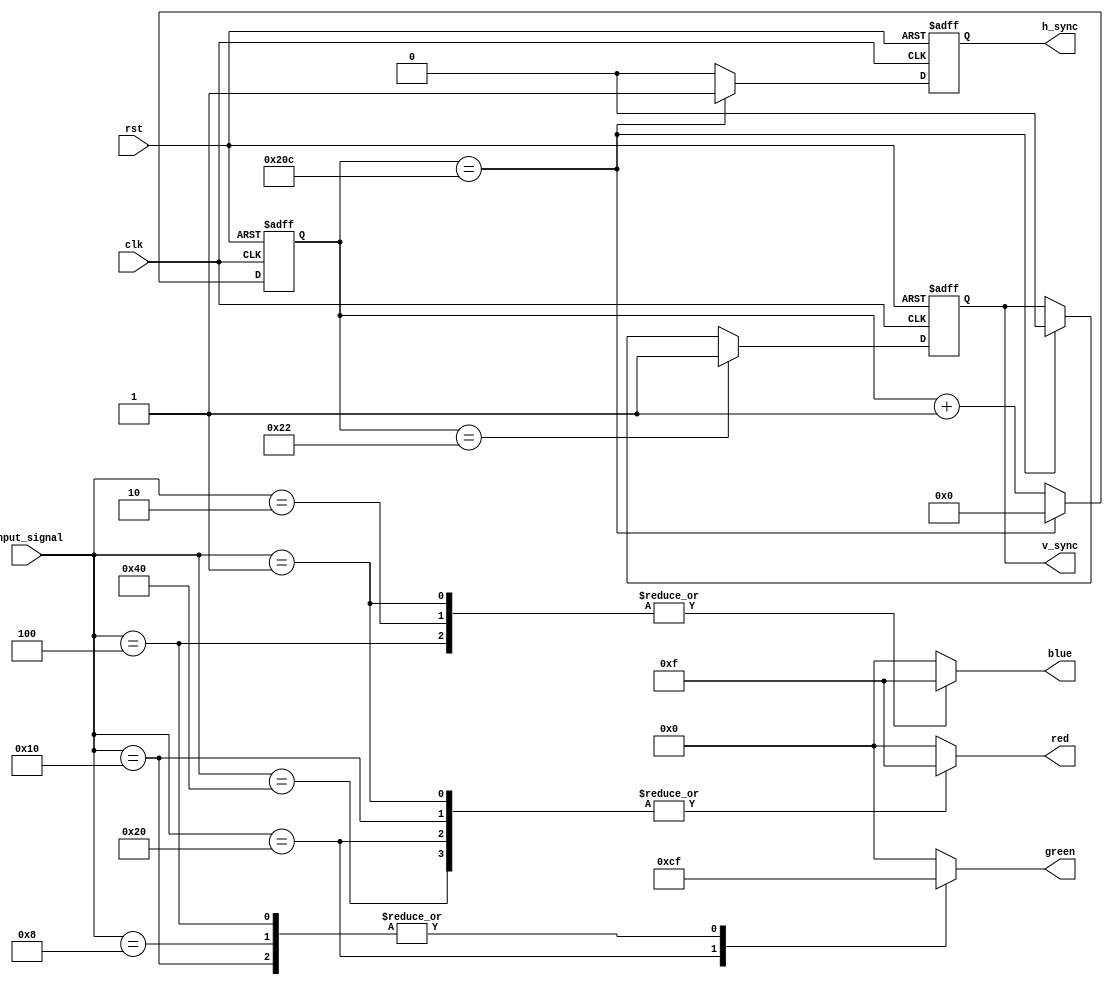
`timescale 1ns / 1ps
//////////////////////////////////////////////////////////////////////////////////
// Company: 
// Engineer: 
// 
// Design Name: 
// Module Name: VGAt
// Project Name: 
// Target Devices: 
// Tool Versions: 
// Description: 
// 
// Dependencies: 
// 
// Revision:
// Revision 0.01 - File Created
// Additional Comments:
// 
//////////////////////////////////////////////////////////////////////////////////

module VGA_Display_Color_OneHot (
  input wire clk,             // 
  input wire rst,             // 
  input wire [6:0] input_signal, // 77

  output reg [3:0] red,       // 
  output reg [3:0] green,     // 
  output reg [3:0] blue,      // 
  output reg h_sync,          // 
  output reg v_sync           // 
);

  // VGA
  parameter H_SYNC_CYCLES = 96; // 
  parameter H_BACK_PORCH = 48; // 
  parameter H_ACTIVE = 640;    // 
  parameter H_FRONT_PORCH = 16; // 
  parameter V_SYNC_LINES = 2;   // 
  parameter V_BACK_PORCH = 33;  // 
  parameter V_ACTIVE = 480;     // 
  parameter V_FRONT_PORCH = 10; // 

  // 
  reg [10:0] h_count = 0;
  reg [10:0] v_count = 0;

  // VGA
//  reg h_sync, v_sync;
  always @(posedge clk or posedge rst) begin
    if (rst) begin
      h_count <= 0;
      v_count <= 0;
      h_sync <= 0;
      v_sync <= 0;
    end else begin
      // 
      if (h_count == H_SYNC_CYCLES + H_BACK_PORCH + H_ACTIVE + H_FRONT_PORCH - 1)
        h_count <= 0;
      else
        h_count <= h_count + 1;

      // 
      if (v_count == V_SYNC_LINES + V_BACK_PORCH + V_ACTIVE + V_FRONT_PORCH - 1) begin
        v_count <= 0;
        h_sync <= 1; // 
      end else begin
        v_count <= v_count + 1;
        h_sync <= 0;
      end

      // 
      if (v_count == V_SYNC_LINES + V_BACK_PORCH - 1)
        v_sync <= 1;
      else if (v_count == V_SYNC_LINES + V_BACK_PORCH + V_ACTIVE + V_FRONT_PORCH - 1)
        v_sync <= 0;
    end
  end

  // 
  always @* begin
    case (input_signal)
      7'b1000000: begin // 1000000
        red = 4'b1111;
        green = 4'b0000;
        blue = 4'b0000;
      end
      7'b0100000: begin // 0100000
        red = 4'b1111;
        green = 4'b1100;
        blue = 4'b0000;
      end
      7'b0010000: begin // 0010000
        red = 4'b1111;
        green = 4'b1111;
        blue = 4'b0000;
      end
      7'b0001000: begin // 0001000
        red = 4'b0000;
        green = 4'b1111;
        blue = 4'b0000;
      end
      7'b0000100: begin // 0000100
        red = 4'b0000;
        green = 4'b1111;
        blue = 4'b1111;
      end
      7'b0000010: begin // 0000010
        red = 4'b0000;
        green = 4'b0000;
        blue = 4'b1111;
      end
      7'b0000001: begin // 0000001
        red = 4'b1111;
        green = 4'b0000;
        blue = 4'b1111;
      end
      default: begin // 
        red = 4'b0000;
        green = 4'b0000;
        blue = 4'b0000;
      end
    endcase
  end

endmodule